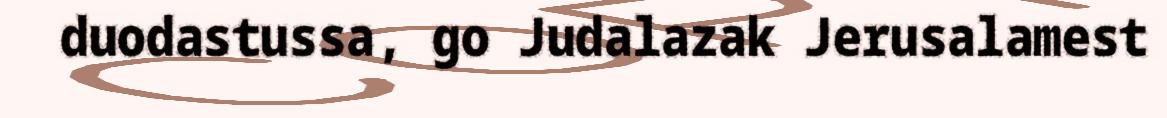
duodastussa, go Judalazak Jerusalamest